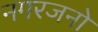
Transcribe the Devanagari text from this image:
नगरजनो